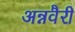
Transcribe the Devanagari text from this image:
अन्नवैरी